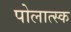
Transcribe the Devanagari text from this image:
पोलात्स्क